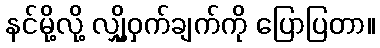
နင်မို့လို့ လျှို့ဝှက်ချက်ကို ပြောပြတာ။